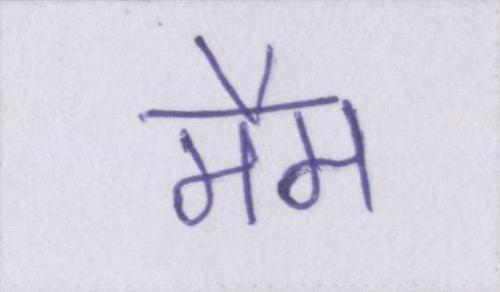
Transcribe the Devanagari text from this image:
मैम